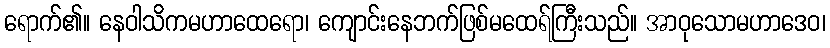
ရောက်၏။ နေဝါသိကမဟာထေရော၊ ကျောင်းနေဘက်ဖြစ်မထေရ်ကြီးသည်။ အာဝုသောမဟာဒေဝ၊